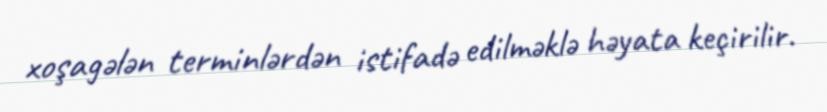
xoşagələn terminlərdən istifadə edilməklə həyata keçirilir.